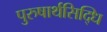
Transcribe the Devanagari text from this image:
पुरुषार्थसिद्धि